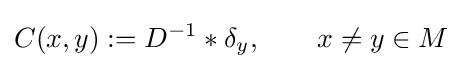
C(x,y):=D^{-1}*\delta _{y},\qquad x\neq y\in M